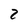
Character: 8